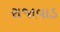
રાજાવાડ